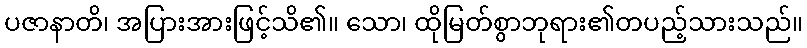
ပဇာနာတိ၊ အပြားအားဖြင့်သိ၏။ သော၊ ထိုမြတ်စွာဘုရား၏တပည့်သားသည်။